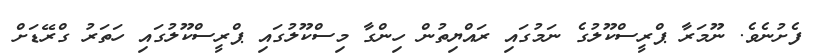
ފެށުނެވެ. ނޫމަރާ ޕްރީސްކޫލުގެ ނަމުގައި ރައްޔިތުން ހިންގާ މިސްކޫލުގައި ޕްރީސްކޫލުގައި ހަތަރު ގްރޭޑަށް